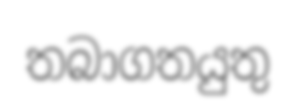
තබාගතයුතු